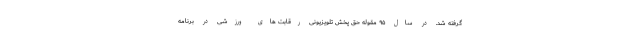
گرفته شد. در سال ۹۵ مقوله حق پخش تلویزیونی رقابت های ورزشی در برنامه